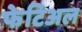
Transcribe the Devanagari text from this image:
फेटिअल